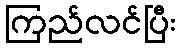
ကြည်လင်ပြီး